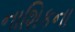
નાશિકના